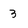
Character: 3